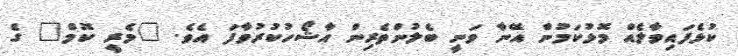
ކުޅެފައިވާލެއް މޮޅުކަމުން އޭނާ ވަނީ ބެލުންތެރިން އާޝޯހުކުރުވާފަ އެވެ. "މެރީ ކޮމް" ގެ